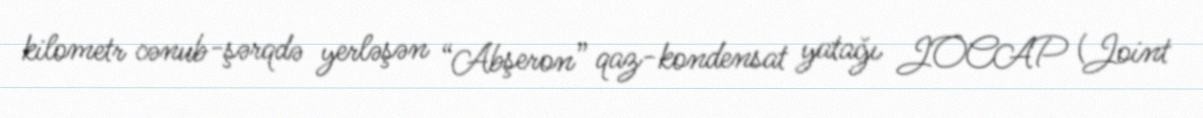
kilometr cənub-şərqdə yerləşən “Abşeron” qaz-kondensat yatağı JOCAP (Joint